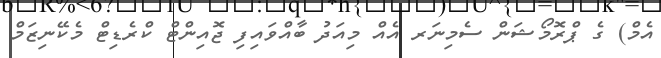
އެމް) ގެ ޕްރޮމޯޝަން ސެމިނަރ އެއް މިއަދު ބާއްވައިފި ޖޮއިންޓް ކްރެޑިޓް މެކޭނިޒަމް